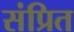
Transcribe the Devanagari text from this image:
संप्रित